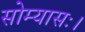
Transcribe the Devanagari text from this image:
सोम्यासः।